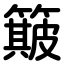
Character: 簸